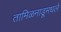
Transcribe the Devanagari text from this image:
तामिळनाडूमधले